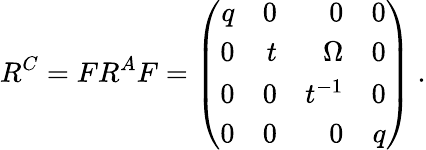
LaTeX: R^{C}=FR^{A}F=\left(\begin{array}{rrrr}{{q}}&{{0}}&{{0}}&{{0}}\\ {{0}}&{{t}}&{{\Omega}}&{{0}}\\ {{0}}&{{0}}&{{t^{-1}}}&{{0}}\\ {{0}}&{{0}}&{{0}}&{{q}}\end{array}\right)\ .